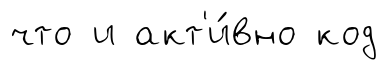
что и акт'и́вно код